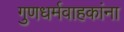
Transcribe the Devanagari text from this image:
गुणधर्मवाहकांना